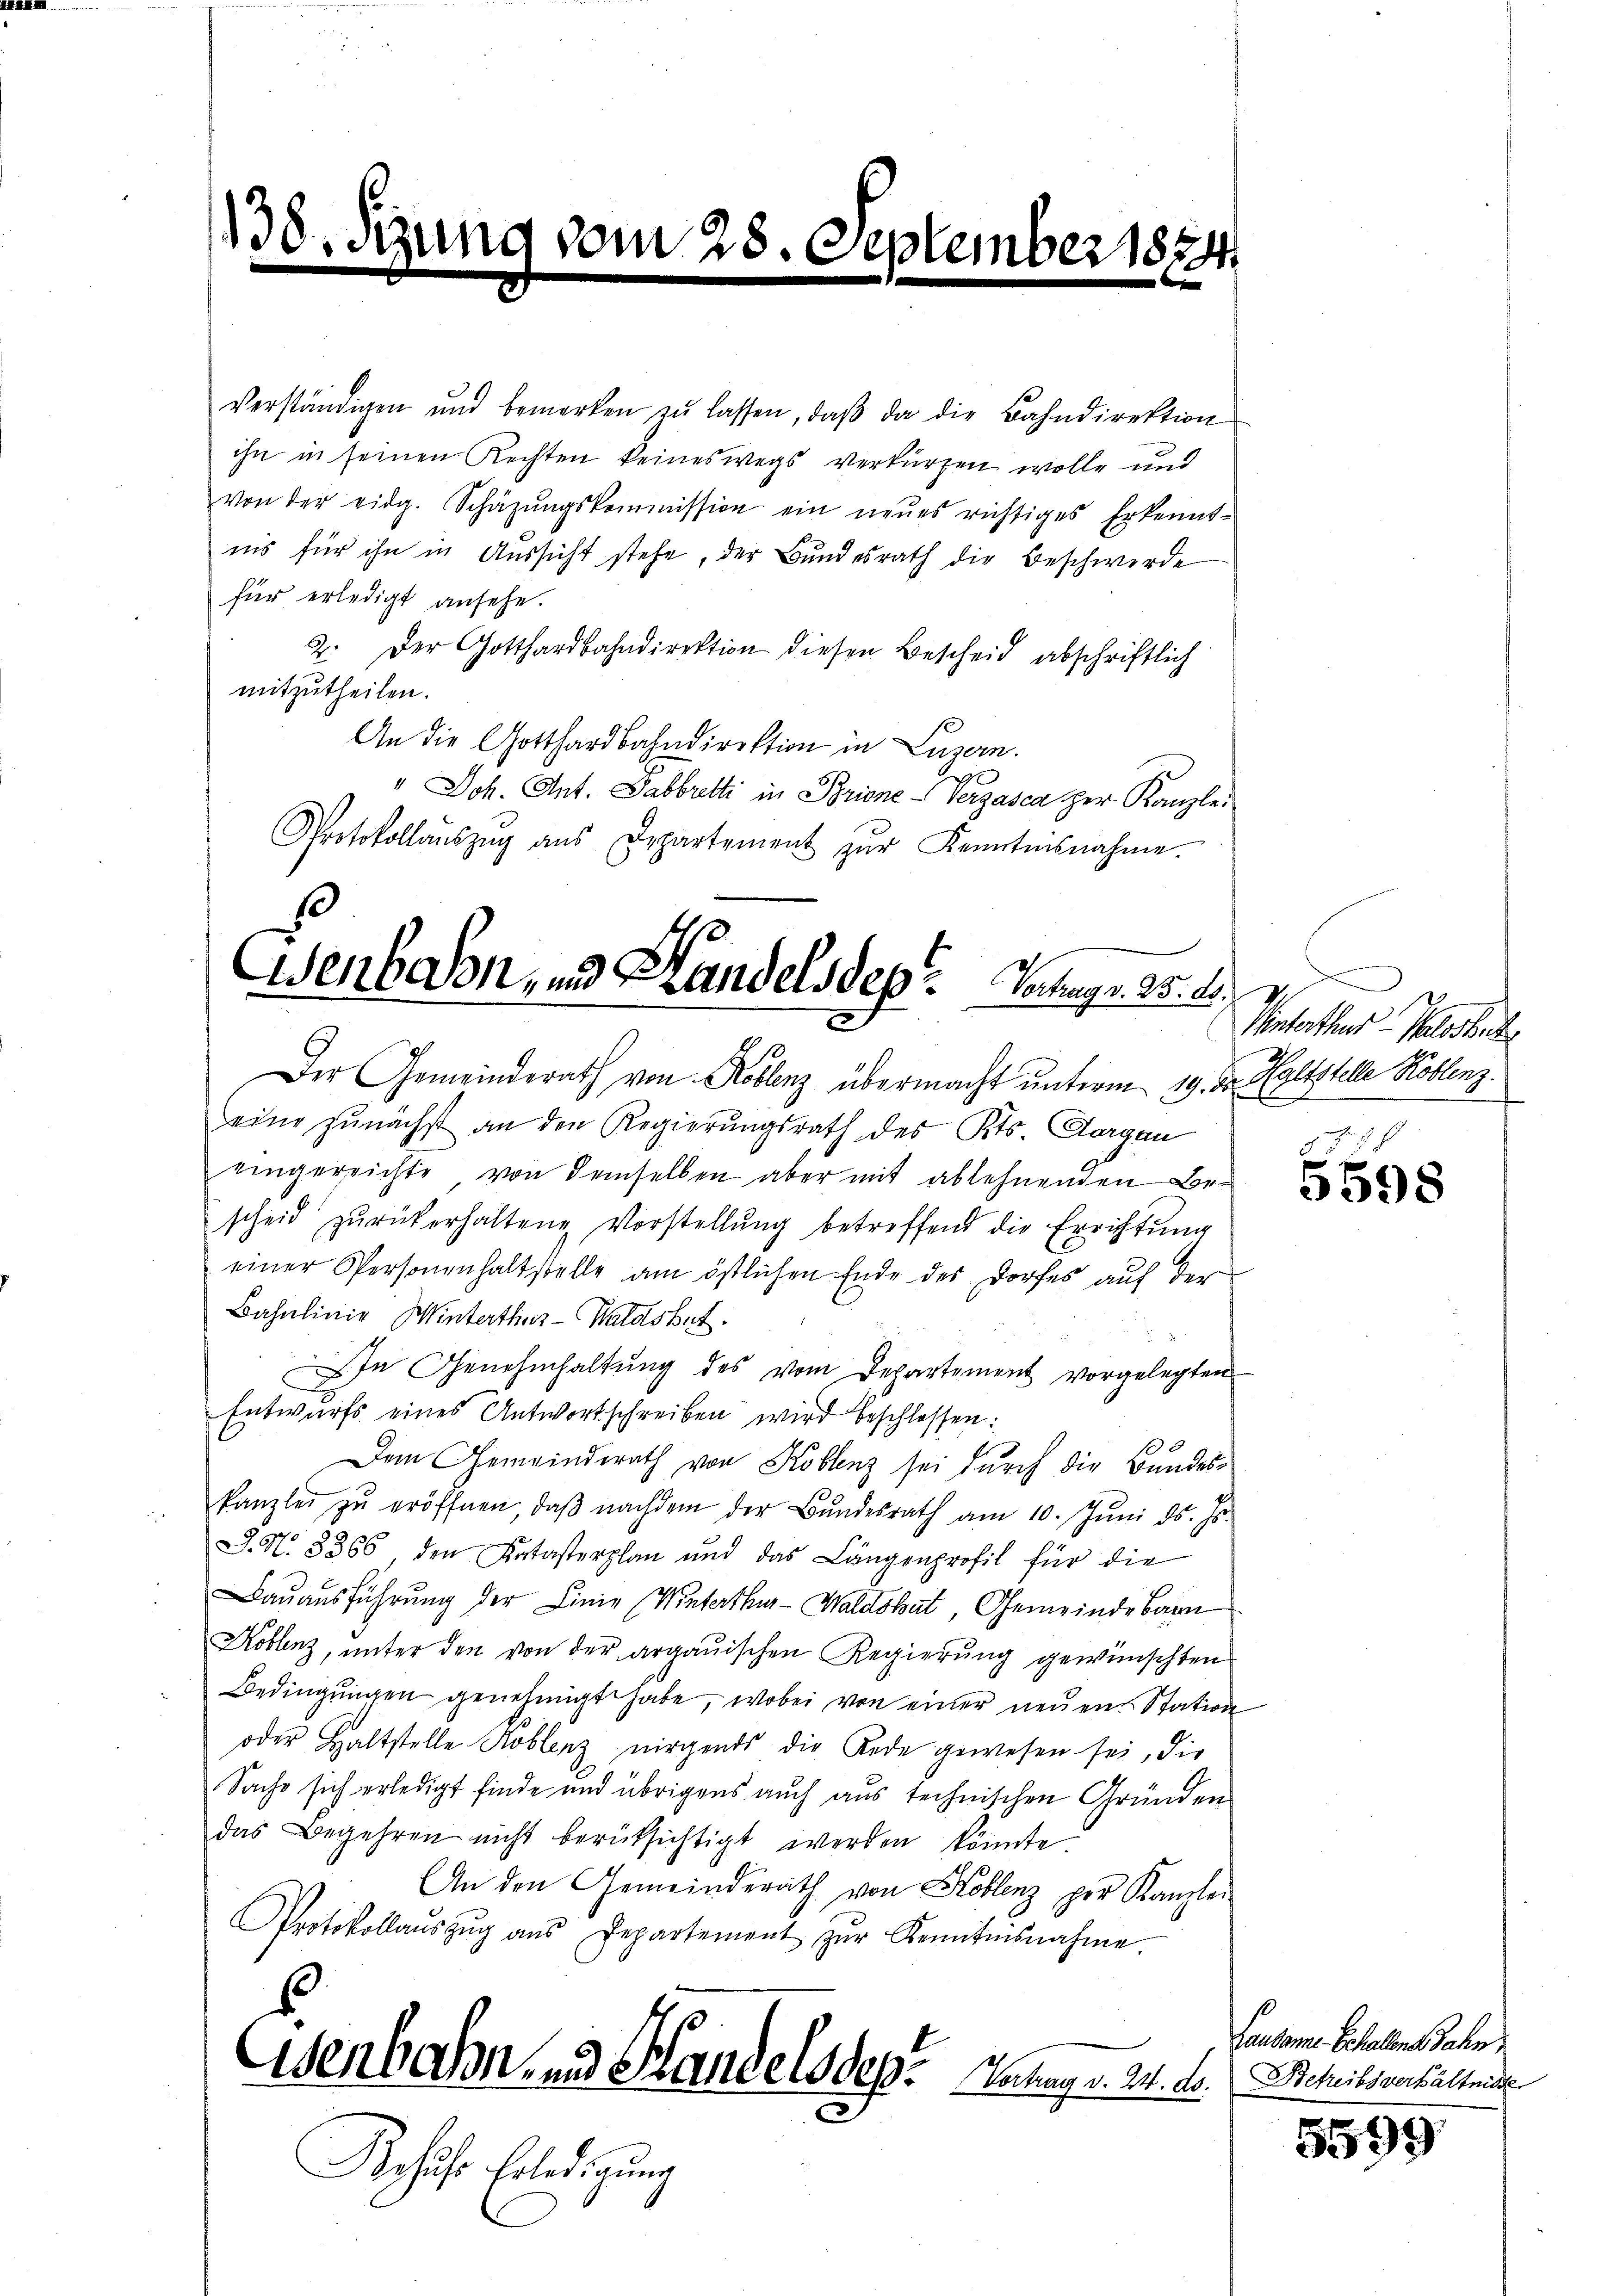
138. F

ihn in seinen Rechten keineswegs verkürzen wolle und
von der eidg. Schäzŭngskommission ein neŭes richtiges Erkennt-
nis für ihn in Aussicht stehe, der Bundesrath die Beschwerde
für erledigt ansehe.
2. Der Gotthardbahndirektion diesen Bescheid abschriftlich
mitzutheilen.
An die Gotthardbahndirektion in Luzern.
" Joh. Ant. Sabbretti in Briene Verzasca zur Kanzle
Protokollaŭszŭg ans Departement zŭr Kenntnisnahme.

Behufs Erledigung

verständigen und bemerken zŭ lassen, daβ da die Bahndirektion

.
enboon, und Landels des Verhagr. 25. ds. v
d
Der Gemeinderath von Koblenz übermacht unterm 19. d. Keltstelle Köblenz.

vom 28. September 1824.
e
be

Winterthur-Palostete
mchen

eine zunächst an den Regierŭngsrath des Kts. Aargau
eingereichte, von demselben aber mit ablehnenden Bescheid zŭrückerhaltene Vorstellung betreffend die Errichtung
einer Personenhaltstelle am östlichen Ende des Dorfes auf der
Bahnlinie Winterthur–Waldshut.
In Genehmhaltŭng des vom Departement vorgelegten
Entwurfs eines Antwortschreiben wird beschlossen:
Den Gemeinderath von Koblenz sei durch die Bundeskanzlei zŭ eröffnen, daβ nachdem der Bŭndesrath am 10. Jŭni d. Js.
J.N. 8366 den Katasterplan und das Längenprofil für die
Bauausführŭng der Linie (Winterthur-Waldshut, Gemeinde Bern
Koblenz, unter den von der argauischen Regierung gewünschten
Bedingungen genehmigt habe, wobei von einer neuen Station
oder Haltstelle Koblenz nirgends die Rede gewesen sei, die
Sache sich erledigt finde und übrigens auch aus technischen Gründen
das Begehren nicht berücksichtigt werden könnte.
An den Gemeinderath von Koblenz per Kanzlei
Protokollaŭszŭg aŭs Departement zŭr Kenntnisnahme.
sennen- und Handels des Innay v. 24. Fr. Beheilsverhältnis.

3698

Lausanne Schallens Jahn,

5599